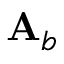
\mathbf { A } _ { b }